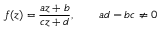
f ( z ) = { \frac { a z + b } { c z + d } } , \qquad a d - b c \neq 0